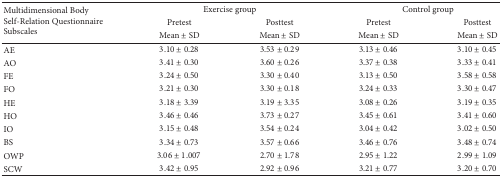
<table><thead><tr><td rowspan="3"><b>Multidimensional Body Self-Relation Questionnaire Subscales</b></td><td colspan="2"><b>Exercise group</b></td><td colspan="2"><b>Control group</b></td></tr><tr><td><b>Pretest</b></td><td><b>Posttest</b></td><td><b>Pretest</b></td><td><b>Posttest</b></td></tr><tr><td><b>Mean ± SD</b></td><td><b>Mean ± SD</b></td><td><b>Mean ± SD</b></td><td><b>Mean ± SD</b></td></tr></thead><tbody><tr><td>AE</td><td>3.10 ± 0.28</td><td>3.53 ± 0.29</td><td>3.13 ± 0.46</td><td>3.10 ± 0.45</td></tr><tr><td>AO</td><td>3.41 ± 0.30</td><td>3.60 ± 0.26</td><td>3.37 ± 0.38</td><td>3.33 ± 0.41</td></tr><tr><td>FE</td><td>3.24 ± 0.50</td><td>3.30 ± 0.40</td><td>3.13 ± 0.50</td><td>3.58 ± 0.58</td></tr><tr><td>FO</td><td>3.21 ± 0.30</td><td>3.30 ± 0.18</td><td>3.24 ± 0.33</td><td>3.30 ± 0.47</td></tr><tr><td>HE</td><td>3.18 ± 3.39</td><td>3.19 ± 3.35</td><td>3.08 ± 0.26</td><td>3.19 ± 0.35</td></tr><tr><td>HO</td><td>3.46 ± 0.46</td><td>3.73 ± 0.27</td><td>3.45 ± 0.61</td><td>3.41 ± 0.60</td></tr><tr><td>IO</td><td>3.15 ± 0.48</td><td>3.54 ± 0.24</td><td>3.04 ± 0.42</td><td>3.02 ± 0.50</td></tr><tr><td>BS</td><td>3.34 ± 0.73</td><td>3.57 ± 0.66</td><td>3.46 ± 0.76</td><td>3.48 ± 0.74</td></tr><tr><td>OWP</td><td>3.06 ± 1.007</td><td>2.70 ± 1.78</td><td>2.95 ± 1.22</td><td>2.99 ± 1.09</td></tr><tr><td>SCW</td><td>3.42 ± 0.95</td><td>2.92 ± 0.96</td><td>3.21 ± 0.77</td><td>3.20 ± 0.70</td></tr></tbody></table>